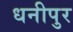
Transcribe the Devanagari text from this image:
धनीपुर